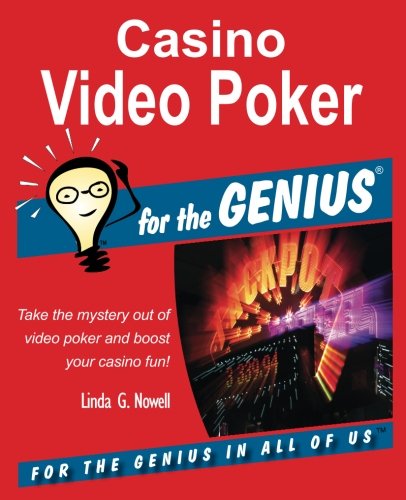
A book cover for Casino Video Poker for the GENIUS; Linda G. Nowell; Humor & Entertainment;